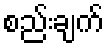
စည်းချက်